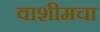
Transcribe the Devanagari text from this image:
वाशीमचा